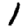
Digit: 1